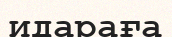
идараға